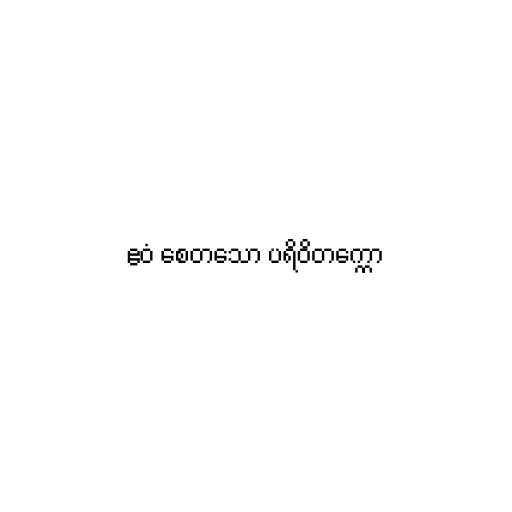
ဧဝံ စေတသော ပရိဝိတက္ကော